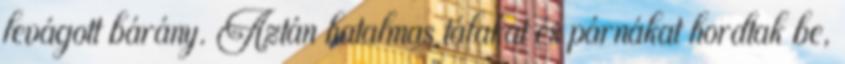
levágott bárány. Aztán hatalmas tálakat és párnákat hordtak be,